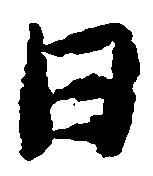
日